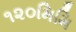
૧૨૦મિમિ